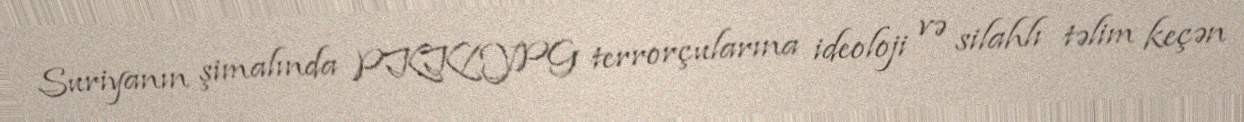
Suriyanın şimalında PKK/YPG terrorçularına ideoloji və silahlı təlim keçən